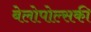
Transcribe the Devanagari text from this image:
बेलोपोल्सकी